Annual administration report of the Civil Veterinary Department of India - 1910-1911
Year: 1910
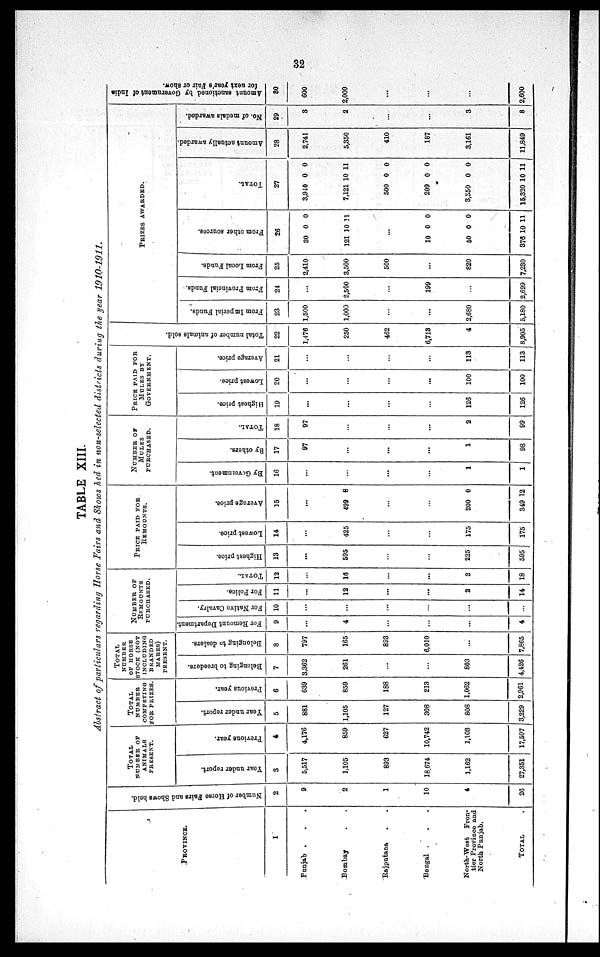
32
TABLE XIII.
Abstract of particulars regarding Horse, Fairs and Shows hed in non-selected districts during the year 1910-1911.
PROVINCE.
1
Punjab . . . .
Bombay . . .
Rajputana . . .
Bengal . .
North-West
Fron-
tier Province and
North Punjab.
TOTAL
Number of Horse Fairs and Shows held.
2
9
2
1
10
4
26
TOTAL
NUMBER OF
ANIMALS
PRESENT.
Year under report.
3
5,517
1,105
893
18,674
1,162
27,351
Previous year.
4
4,176
859
627
10,742
1,103
17,507
TOTAL
NUMBER
COMPETING
FOR PRIZES.
Year
under report.
5
881
1,105
127
308
808
3,229
Previous year.
6
639
859
188
213
1,062
2,961
TOTAL
NUMBER
OF HORSE
STOCK (NOT
INCLUDING
BRANDED
MARES)
PRESENT.
Belonging to breeders.
7
3,362
261
...
...
803
4,426
Belonging to dealers.
8
797
165
893
6,010
...
7,865
NUMBER OF
REMOUNTS
PURCHASED.
For Remount Department.
9
...
4
...
...
...
4
For Native Cavalry.
10
...
...
...
...
...
...
For Police.
11
...
12
...
...
2
14
TOTAL.
12
...
16
...
...
2
18
PRICE PAID FOR
REMOUNTS.
Highest price.
13
...
595
...
...
225
595
Lowest price.
14
...
425
...
...
175
175
Ave r
a ge price.
15
...
499 8
...
...
200
349
0
12
NUMBER OF
MULES
PURCHASED.
By Government.
16
...
...
...
...
1
1
By others.
17
97
...
...
...
1
98
TOTAL.
18
97
...
...
...
2
99
PRICE PAID FOR
MULES BY
GOVERNMENT.
Highest price.
19
...
...
...
...
126
126
Lowest price.
20
...
...
...
...
100
100
Average price.
21
...
...
...
...
113
113
Total number of animals sold.
22
1,476
250
462
6,713
4
8,905
PRIZES AWARDED.
From Imperial Funds.
23
1,500
1,000
...
...
2,680
5,180
From Provincial Funds.
24
...
2,500
...
199
...
2,699
From Local Funds.
25
2,410
3,500
500
...
820
7,230
Fr om other sources.
26
30
121
...
10
50
376
0
10
0
0
10
0
11
0
0
11
TOTAL.
27
3,940
7,121
500
209
3,550
15,320
0
10
0
0
0
10
0
11
0
0
0
11
Amount actually awarded.
28
2,741
5,350
410
187
3,161
11,849
No. of medals awarded.
29
3
2
...
...
3
8
Amount sanctioned by Government of India
for next year's Fair or show.
30
600
2,000
...
...
...
2,600